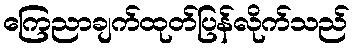
ကြေညာချက်ထုတ်ပြန်လိုက်သည်